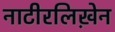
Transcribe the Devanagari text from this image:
नाटीरलिख़ेन